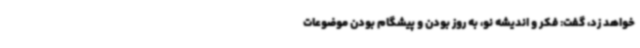
خواهد زد، گفت: فکر و اندیشه نو، به روز بودن و پیشگام بودن موضوعات